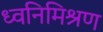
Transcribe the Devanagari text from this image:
ध्वनिमिश्रण